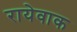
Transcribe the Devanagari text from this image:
रायेवाक